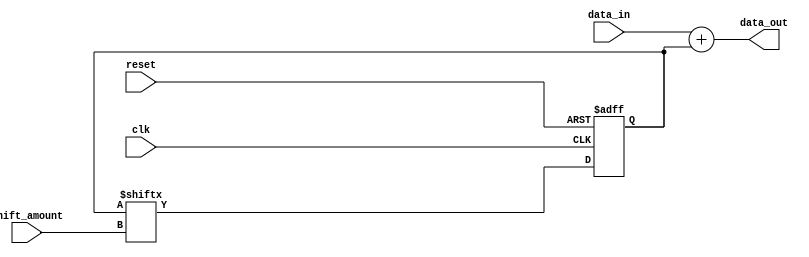
module shift_and_add_register (
    input wire clk,
    input wire reset,
    input wire [7:0] data_in,
    input wire [2:0] shift_amount,
    output reg [7:0] data_out
);

reg [7:0] shift_reg;
reg [7:0] shifted_data;

always @(posedge clk or posedge reset) begin
    if (reset) begin
        shift_reg <= 8'd0;
    end else begin
        shift_reg <= {data_in, shift_reg[7:shift_amount]};
    end
end

always @* begin
    shifted_data = shift_reg;
end

always @* begin
    data_out = data_in + shifted_data;
end

endmodule